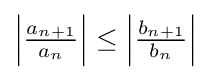
\left\vert {\tfrac {a_{n+1}}{a_{n}}}\right\vert \leq \left\vert {\tfrac {b_{n+1}}{b_{n}}}\right\vert